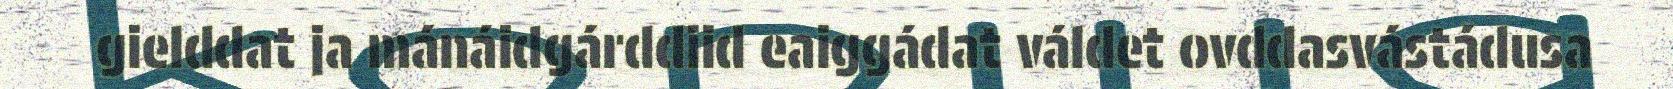
gielddat ja mánáidgárddiid eaiggádat váldet ovddasvástádusa